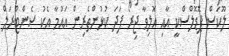
ލޫކަސް ޕޮޑޮލްސްކީ އާއި އޮލިވާ ޖިރޯ ފަދަ ކުޅުންތެރިން އައުމާ އެކު ސެންޓްރަލް